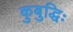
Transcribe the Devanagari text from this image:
कुबुद्धिः